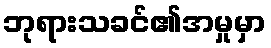
ဘုရားသခင်၏အမှုမှာ